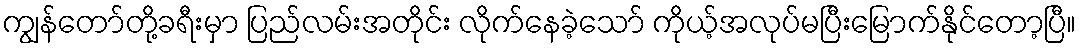
ကျွန်တော်တို့ခရီးမှာ ပြည်လမ်းအတိုင်း လိုက်နေခဲ့သော် ကိုယ့်အလုပ်မပြီးမြောက်နိုင်တော့ပြီ။